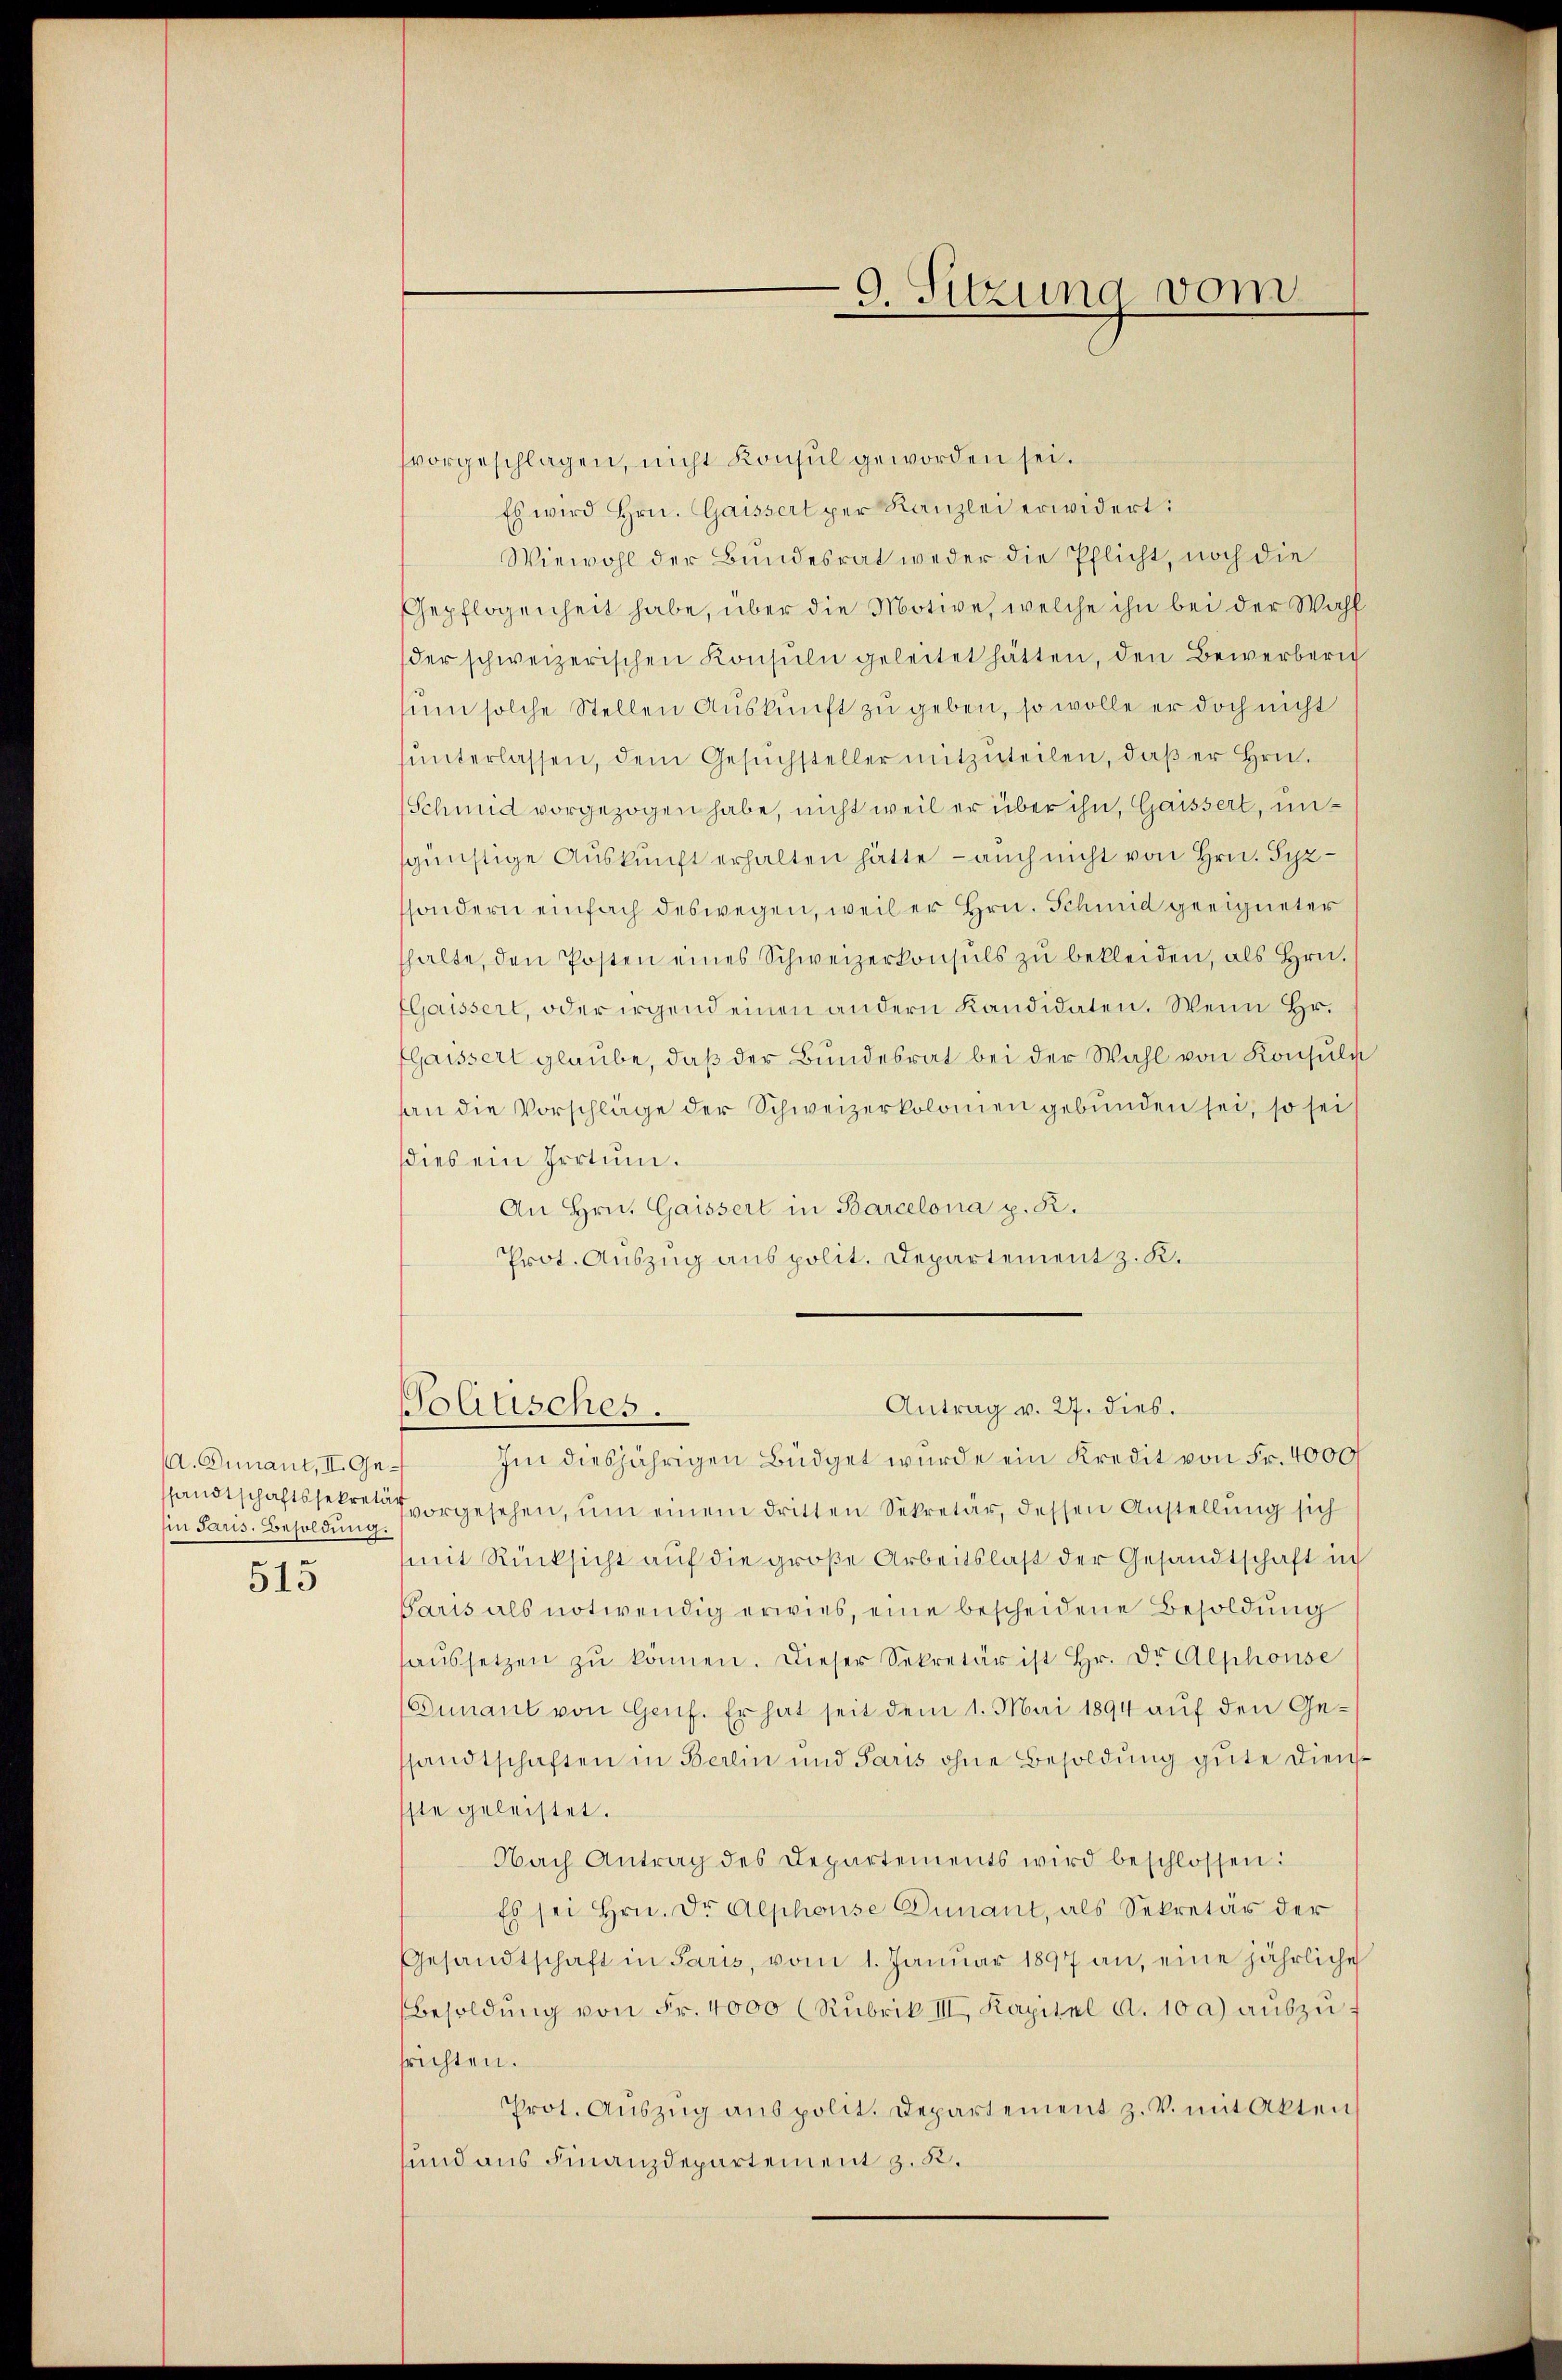
a. Zunaut, II. Gein Paris. Besoldung.

515

vorgeschlagen, nicht Konsul geworden sei.
Es wird Hrn. Gaissert per Kanzlei erwidert:
Wiewohl der Bundesrat weder die Pflicht, noch die
Gepflogenheit habe, über die Motive, welche ihn bei der Wahl
der schweizerischen Konsŭln geleitet hätten, den Bewerberich
sum solche Stellen Auskunft zu geben, so wolle er doch nicht
ŭnterlassen, dem Gesŭchsteller mitzŭteilen, daβ er Hrn.
Schmid vorgezogen habe, nicht weil er über ihn, Gaissert, unsgünstige Auskunft erhalten hätte, - auch nicht von Hrn. Syzsondern einfach deswegen, weil er Hrn. Schmid geeigneter
thalte, den Posten eines Schweizerkonsuls zŭ bekleiden, als Hrn.
Gaissert, oder irgend einen andern Kandidaten. Wenn Hr.
flaissert glaube, daß der Bundesrat bei der Wahl von Konsuln
an die Vorschläge der Schweizerkolomen gebunden sei, so sei
dies ein Irrtum.
An Hrn. Gaissert in Barcelona p. R.
Prot. Auszug aus polit. Departement z. K.

Im diesjährigen Büdget wurde ein Kredit von Fr. 4000f
ssandtschaftssekreten vorgesehen, um einem dritten Sekretär, dessen Anstellung sich
mit Rücksicht auf die große Arbeitslast der Gesandtschaft in
Garis als notwendig erwies, eine bescheidene Besoldung
haŭssetzen zŭ können. Dieser Sekretär ist Hr. Dr Alphonse
Gunaut von Genf. Er hat seit dem 1. Mai 1894 auf den Gesandtschaften in Berlin und Paris ohne Besoldung gute Dienssste geleistet.
Nach Antrag des Departements wird beschlossen:
Es sei Hrn. Dr Alphonse Dunant, als Sekretär der
Gesandtschaft in Paris, vom 1. Januar 1897 an, eine jährliche
Besoldŭng von Fr. 4000 (Rubrik III. Kapitel a. 10 a) auszuf
srichten.
Prot. Aŭszŭg anspolit. Departement z. V. mit Akten
sund aus Finanzdepartement z. R.

Politisches.

9. Sitzung vom

Antrag v. 27. dies.